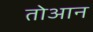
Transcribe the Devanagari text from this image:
तोआन